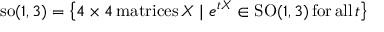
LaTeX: \mathrm { s o } ( 1 , 3 ) = \left\{ 4 \times 4 \, \mathrm { m a t r i c e s } \, X \mid e ^ { t X } \in \mathrm { S O } ( 1 , 3 ) \, \mathrm { f o r } \, \mathrm { a l l } \, t \right\}